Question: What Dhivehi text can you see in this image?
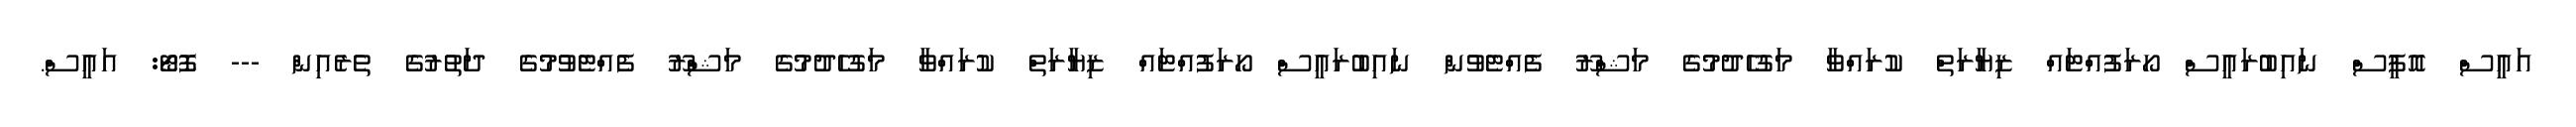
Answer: އައީސް އޮފީސް ނައިބުރައީސް ހޯރަފުއްޓައް ޒިޔާރަތް ކުރައްވާ މަގުހެދުމުގެ މަޝްރޫ ފެއްޓެވުން ނައިބުރައީސް ހޯރަފުއްޓައް ޒިޔާރަތް ކުރައްވާ މަގުހެދުމުގެ މަޝްރޫ ފެއްޓެވުމުގެ ދަތުރުގެ ތެރެއިން --- ފޮޓޯ: އައީސް.